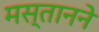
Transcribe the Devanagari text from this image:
मस्तानने